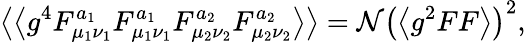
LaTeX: \left\langle\left\langle g^{4}F_{\mu_{1}\nu_{1}}^{a_{1}}F_{\mu_{1}\nu_{1}}^{a_{1}}F_{\mu_{2}\nu_{2}}^{a_{2}}F_{\mu_{2}\nu_{2}}^{a_{2}}\right\rangle\right\rangle=\mathcal{N}\left(\left\langle g^{2}FF\right\rangle\right)^{2},